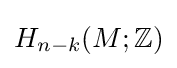
H_{n-k}(M;\mathbb {Z} )